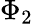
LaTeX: \Phi_{2}